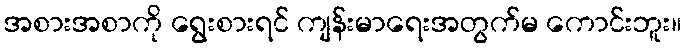
အစားအစာကို ရွေးစားရင် ကျန်းမာရေးအတွက်မ ကောင်းဘူး။